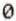
0